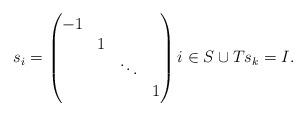
LaTeX: \begin{align*}s_{i} = \begin{pmatrix} -1 &&& \\ &1 && \\ && \ddots & \\ &&& 1 \end{pmatrix} i \in S \cup T s_{k} = I .\end{align*}